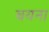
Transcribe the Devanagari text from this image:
बयना